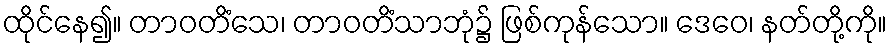
ထိုင်နေ၍။ တာဝတိံသေ၊ တာဝတိံသာဘုံ၌ ဖြစ်ကုန်သော။ ဒေဝေ၊ နတ်တို့ကို။